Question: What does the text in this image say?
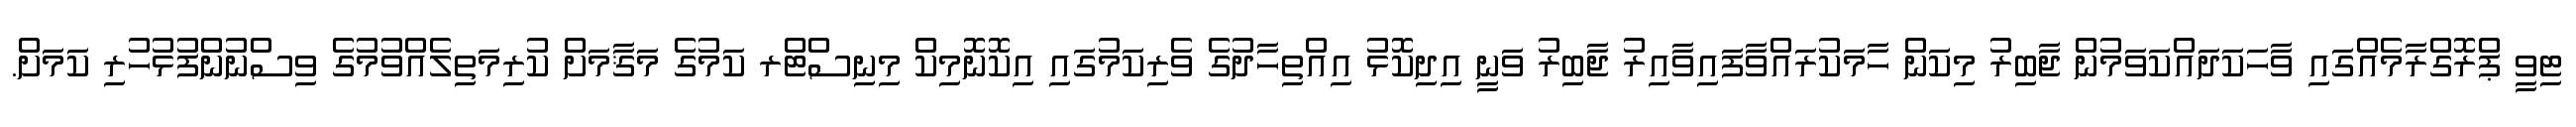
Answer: ޓިވީ ޕްރޮގްރާމެއްގައި ވާހަކަދައްކަވަމުން ޖާބިރު މިކަން ހާމަކުރައްވާފައިވާއިރު ޖާބިރު ވަނީ އިދިކޮޅު އިއްތިހާދުގެ ވެރިކަމުގައި އިކޮނޮމިކް މިނިސްޓްރ ކަމުގެ މަޤާމަށް ކުރިމަތިލެއްވުމުގެ ވިސްނުންފުޅުހުރި ކަމަށް.